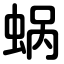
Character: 蜗